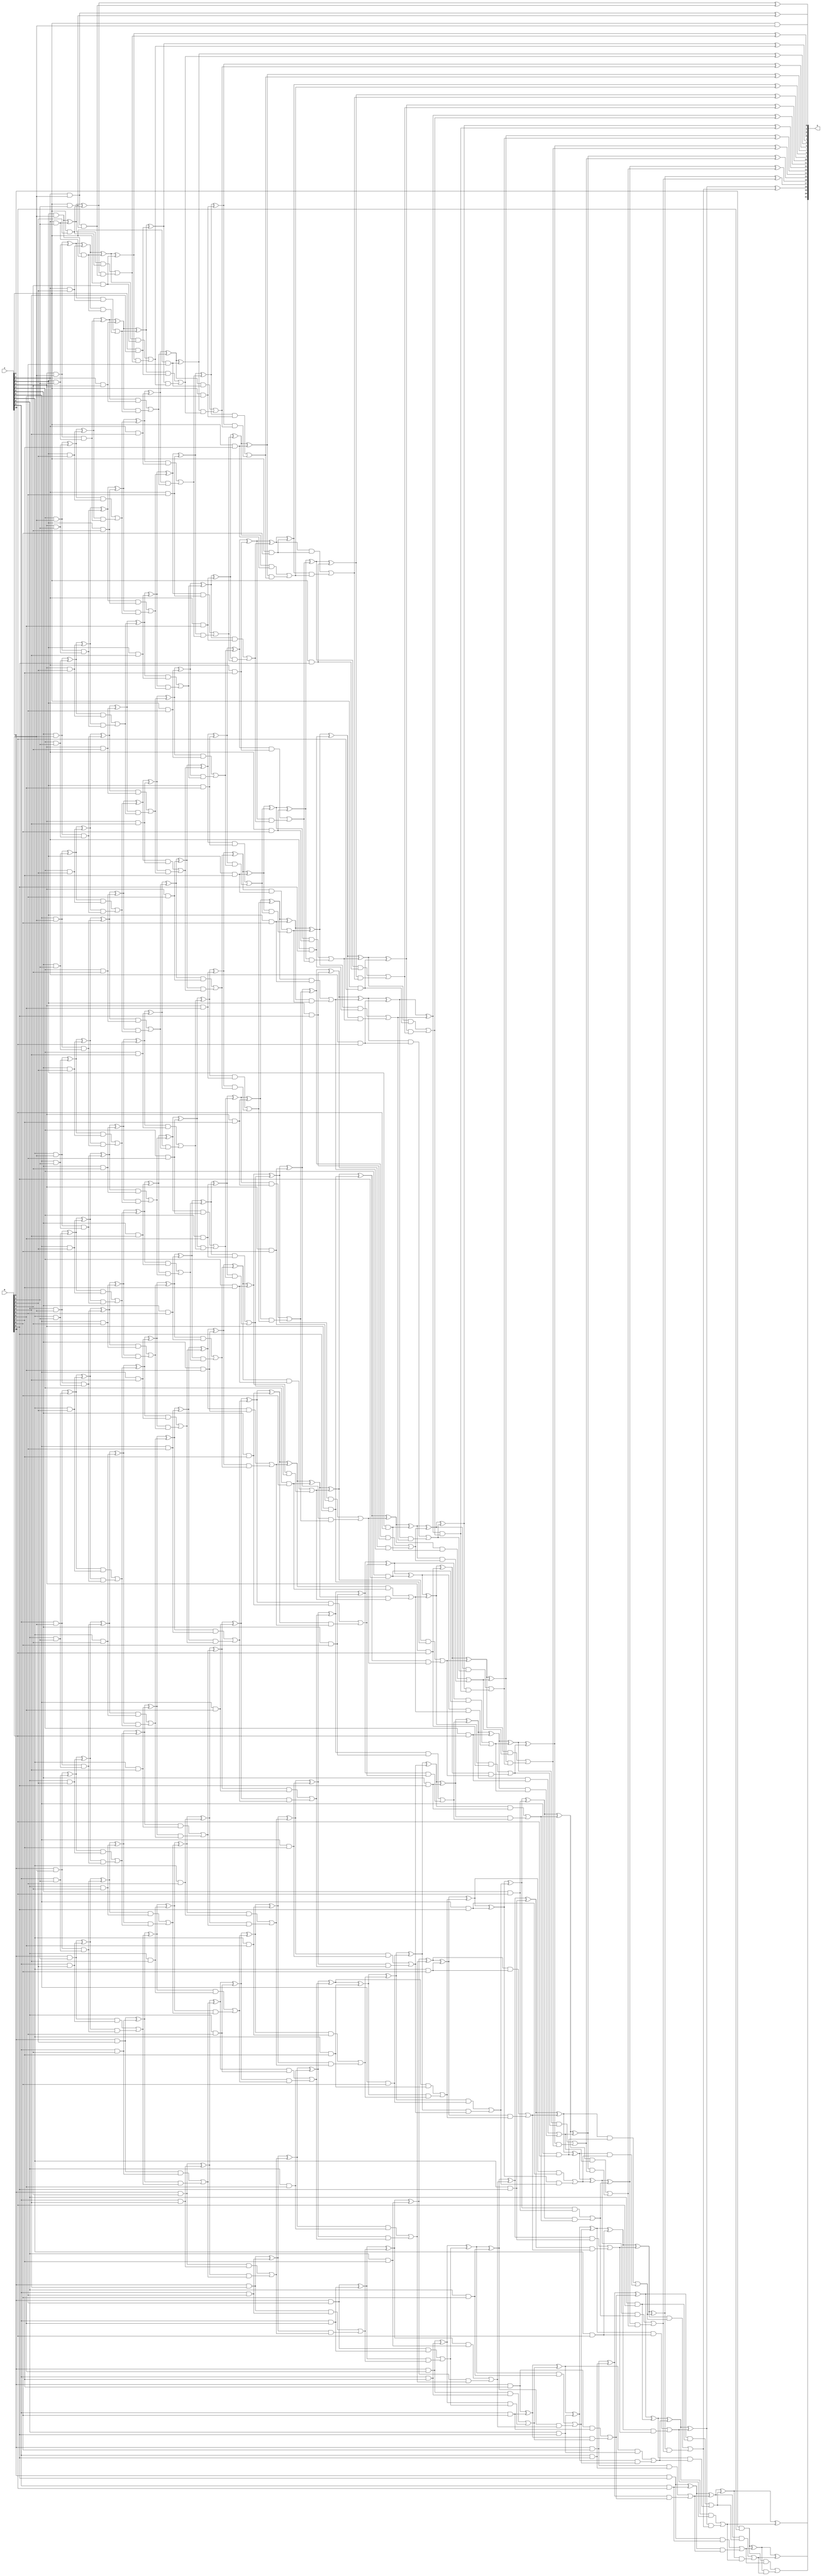
// This program was cloned from: https://github.com/ehw-fit/evoapproxlib
// License: MIT License

/***
* This code is a part of EvoApproxLib library (ehw.fit.vutbr.cz/approxlib) distributed under The MIT License.
* When used, please cite the following article(s): V. Mrazek, S. S. Sarwar, L. Sekanina, Z. Vasicek and K. Roy, "Design of power-efficient approximate multipliers for approximate artificial neural networks," 2016 IEEE/ACM International Conference on Computer-Aided Design (ICCAD), Austin, TX, 2016, pp. 1-7. doi: 10.1145/2966986.2967021 
* This file contains a circuit from a sub-set of pareto optimal circuits with respect to the pwr and mre parameters
***/
// MAE% = 0.00 %
// MAE = 0 
// WCE% = 0.00 %
// WCE = 0 
// WCRE% = 0.00 %
// EP% = 0.00 %
// MRE% = 0.00 %
// MSE = 0 
// PDK45_PWR = 0.930 mW
// PDK45_AREA = 1340.8 um2
// PDK45_DELAY = 2.08 ns


module mul11u_001(A, B, O);
  input [10:0] A, B;
  output [21:0] O;
  wire [10:0] A, B;
  wire [21:0] O;
  wire sig_23, sig_24, sig_25, sig_26, sig_27, sig_28;
  wire sig_29, sig_30, sig_31, sig_32, sig_33, sig_34;
  wire sig_35, sig_36, sig_37, sig_38, sig_39, sig_40;
  wire sig_41, sig_42, sig_43, sig_45, sig_46, sig_47;
  wire sig_48, sig_49, sig_50, sig_51, sig_52, sig_53;
  wire sig_54, sig_55, sig_56, sig_57, sig_58, sig_59;
  wire sig_60, sig_61, sig_62, sig_63, sig_64, sig_65;
  wire sig_66, sig_67, sig_68, sig_69, sig_70, sig_71;
  wire sig_72, sig_73, sig_74, sig_75, sig_76, sig_77;
  wire sig_79, sig_80, sig_81, sig_82, sig_83, sig_84;
  wire sig_85, sig_86, sig_87, sig_88, sig_89, sig_90;
  wire sig_91, sig_92, sig_93, sig_94, sig_95, sig_96;
  wire sig_97, sig_98, sig_99, sig_100, sig_101, sig_102;
  wire sig_103, sig_104, sig_105, sig_106, sig_107, sig_108;
  wire sig_109, sig_110, sig_111, sig_112, sig_113, sig_114;
  wire sig_115, sig_116, sig_117, sig_118, sig_119, sig_120;
  wire sig_121, sig_122, sig_123, sig_124, sig_125, sig_126;
  wire sig_127, sig_128, sig_129, sig_130, sig_131, sig_132;
  wire sig_133, sig_134, sig_135, sig_136, sig_137, sig_138;
  wire sig_140, sig_141, sig_142, sig_143, sig_144, sig_145;
  wire sig_146, sig_147, sig_148, sig_149, sig_150, sig_151;
  wire sig_152, sig_153, sig_154, sig_155, sig_156, sig_157;
  wire sig_158, sig_159, sig_160, sig_161, sig_162, sig_163;
  wire sig_164, sig_165, sig_166, sig_167, sig_168, sig_169;
  wire sig_170, sig_171, sig_172, sig_173, sig_174, sig_175;
  wire sig_176, sig_177, sig_178, sig_179, sig_180, sig_181;
  wire sig_182, sig_183, sig_184, sig_185, sig_186, sig_187;
  wire sig_188, sig_189, sig_190, sig_191, sig_192, sig_193;
  wire sig_194, sig_195, sig_196, sig_197, sig_198, sig_199;
  wire sig_201, sig_202, sig_203, sig_204, sig_205, sig_206;
  wire sig_207, sig_208, sig_209, sig_210, sig_211, sig_212;
  wire sig_213, sig_214, sig_215, sig_216, sig_217, sig_218;
  wire sig_219, sig_220, sig_221, sig_222, sig_223, sig_224;
  wire sig_225, sig_226, sig_227, sig_228, sig_229, sig_230;
  wire sig_231, sig_232, sig_233, sig_234, sig_235, sig_236;
  wire sig_237, sig_238, sig_239, sig_240, sig_241, sig_242;
  wire sig_243, sig_244, sig_245, sig_246, sig_247, sig_248;
  wire sig_249, sig_250, sig_251, sig_252, sig_253, sig_254;
  wire sig_255, sig_256, sig_257, sig_258, sig_259, sig_260;
  wire sig_262, sig_263, sig_264, sig_265, sig_266, sig_267;
  wire sig_268, sig_269, sig_270, sig_271, sig_272, sig_273;
  wire sig_274, sig_275, sig_276, sig_277, sig_278, sig_279;
  wire sig_280, sig_281, sig_282, sig_283, sig_284, sig_285;
  wire sig_286, sig_287, sig_288, sig_289, sig_290, sig_291;
  wire sig_292, sig_293, sig_294, sig_295, sig_296, sig_297;
  wire sig_298, sig_299, sig_300, sig_301, sig_302, sig_303;
  wire sig_304, sig_305, sig_306, sig_307, sig_308, sig_309;
  wire sig_310, sig_311, sig_312, sig_313, sig_314, sig_315;
  wire sig_316, sig_317, sig_318, sig_319, sig_320, sig_321;
  wire sig_323, sig_324, sig_325, sig_326, sig_327, sig_328;
  wire sig_329, sig_330, sig_331, sig_332, sig_333, sig_334;
  wire sig_335, sig_336, sig_337, sig_338, sig_339, sig_340;
  wire sig_341, sig_342, sig_343, sig_344, sig_345, sig_346;
  wire sig_347, sig_348, sig_349, sig_350, sig_351, sig_352;
  wire sig_353, sig_354, sig_355, sig_356, sig_357, sig_358;
  wire sig_359, sig_360, sig_361, sig_362, sig_363, sig_364;
  wire sig_365, sig_366, sig_367, sig_368, sig_369, sig_370;
  wire sig_371, sig_372, sig_373, sig_374, sig_375, sig_376;
  wire sig_377, sig_378, sig_379, sig_380, sig_381, sig_382;
  wire sig_384, sig_385, sig_386, sig_387, sig_388, sig_389;
  wire sig_390, sig_391, sig_392, sig_393, sig_394, sig_395;
  wire sig_396, sig_397, sig_398, sig_399, sig_400, sig_401;
  wire sig_402, sig_403, sig_404, sig_405, sig_406, sig_407;
  wire sig_408, sig_409, sig_410, sig_411, sig_412, sig_413;
  wire sig_414, sig_415, sig_416, sig_417, sig_418, sig_419;
  wire sig_420, sig_421, sig_422, sig_423, sig_424, sig_425;
  wire sig_426, sig_427, sig_428, sig_429, sig_430, sig_431;
  wire sig_432, sig_433, sig_434, sig_435, sig_436, sig_437;
  wire sig_438, sig_439, sig_440, sig_441, sig_442, sig_443;
  wire sig_445, sig_446, sig_447, sig_448, sig_449, sig_450;
  wire sig_451, sig_452, sig_453, sig_454, sig_455, sig_456;
  wire sig_457, sig_458, sig_459, sig_460, sig_461, sig_462;
  wire sig_463, sig_464, sig_465, sig_466, sig_467, sig_468;
  wire sig_469, sig_470, sig_471, sig_472, sig_473, sig_474;
  wire sig_475, sig_476, sig_477, sig_478, sig_479, sig_480;
  wire sig_481, sig_482, sig_483, sig_484, sig_485, sig_486;
  wire sig_487, sig_488, sig_489, sig_490, sig_491, sig_492;
  wire sig_493, sig_494, sig_495, sig_496, sig_497, sig_498;
  wire sig_499, sig_500, sig_501, sig_502, sig_503, sig_504;
  wire sig_506, sig_507, sig_508, sig_509, sig_510, sig_511;
  wire sig_512, sig_513, sig_514, sig_515, sig_516, sig_517;
  wire sig_518, sig_519, sig_520, sig_521, sig_522, sig_523;
  wire sig_524, sig_525, sig_526, sig_527, sig_528, sig_529;
  wire sig_530, sig_531, sig_532, sig_533, sig_534, sig_535;
  wire sig_536, sig_537, sig_538, sig_539, sig_540, sig_541;
  wire sig_542, sig_543, sig_544, sig_545, sig_546, sig_547;
  wire sig_548, sig_549, sig_550, sig_551, sig_552, sig_553;
  wire sig_554, sig_555, sig_556, sig_557, sig_558, sig_559;
  wire sig_560, sig_561, sig_562, sig_563, sig_564, sig_565;
  wire sig_567, sig_568, sig_569, sig_570, sig_571, sig_572;
  wire sig_573, sig_574, sig_575, sig_576, sig_577, sig_578;
  wire sig_579, sig_580, sig_581, sig_582, sig_583, sig_584;
  wire sig_585, sig_586, sig_587, sig_588, sig_589, sig_590;
  wire sig_591, sig_592, sig_593, sig_594, sig_595, sig_596;
  wire sig_597, sig_598, sig_599, sig_600, sig_601, sig_602;
  wire sig_603, sig_604, sig_605, sig_606, sig_607, sig_608;
  wire sig_609, sig_610, sig_611, sig_612, sig_614, sig_615;
  wire sig_616, sig_617, sig_619, sig_620, sig_621, sig_622;
  wire sig_624, sig_625, sig_626, sig_627, sig_629, sig_630;
  wire sig_631, sig_632, sig_634, sig_635, sig_636, sig_637;
  wire sig_639, sig_640, sig_641, sig_642, sig_644, sig_645;
  wire sig_646, sig_647, sig_649, sig_650, sig_651, sig_652;
  wire sig_654, sig_655, sig_656, sig_657;
  assign O[0] = A[0] & B[0];
  assign sig_23 = A[1] & B[0];
  assign sig_24 = A[2] & B[0];
  assign sig_25 = A[3] & B[0];
  assign sig_26 = A[4] & B[0];
  assign sig_27 = A[5] & B[0];
  assign sig_28 = A[6] & B[0];
  assign sig_29 = A[7] & B[0];
  assign sig_30 = A[8] & B[0];
  assign sig_31 = A[9] & B[0];
  assign sig_32 = A[10] & B[0];
  assign sig_33 = A[0] & B[1];
  assign sig_34 = A[1] & B[1];
  assign sig_35 = A[2] & B[1];
  assign sig_36 = A[3] & B[1];
  assign sig_37 = A[4] & B[1];
  assign sig_38 = A[5] & B[1];
  assign sig_39 = A[6] & B[1];
  assign sig_40 = A[7] & B[1];
  assign sig_41 = A[8] & B[1];
  assign sig_42 = A[9] & B[1];
  assign sig_43 = A[10] & B[1];
  assign O[1] = sig_23 ^ sig_33;
  assign sig_45 = sig_23 & sig_33;
  assign sig_46 = sig_24 ^ sig_34;
  assign sig_47 = sig_24 & sig_34;
  assign sig_48 = sig_25 ^ sig_35;
  assign sig_49 = sig_25 & sig_35;
  assign sig_50 = sig_26 ^ sig_36;
  assign sig_51 = sig_26 & sig_36;
  assign sig_52 = sig_27 ^ sig_37;
  assign sig_53 = sig_27 & sig_37;
  assign sig_54 = sig_28 ^ sig_38;
  assign sig_55 = sig_28 & sig_38;
  assign sig_56 = sig_29 ^ sig_39;
  assign sig_57 = sig_29 & sig_39;
  assign sig_58 = sig_30 ^ sig_40;
  assign sig_59 = sig_30 & sig_40;
  assign sig_60 = sig_31 ^ sig_41;
  assign sig_61 = sig_31 & sig_41;
  assign sig_62 = sig_32 ^ sig_42;
  assign sig_63 = sig_32 & sig_42;
  assign sig_64 = A[0] & B[2];
  assign sig_65 = A[1] & B[2];
  assign sig_66 = A[2] & B[2];
  assign sig_67 = A[3] & B[2];
  assign sig_68 = A[4] & B[2];
  assign sig_69 = A[5] & B[2];
  assign sig_70 = A[6] & B[2];
  assign sig_71 = A[7] & B[2];
  assign sig_72 = A[8] & B[2];
  assign sig_73 = A[9] & B[2];
  assign sig_74 = A[10] & B[2];
  assign sig_75 = sig_46 ^ sig_64;
  assign sig_76 = sig_46 & sig_64;
  assign sig_77 = sig_75 & sig_45;
  assign O[2] = sig_75 ^ sig_45;
  assign sig_79 = sig_76 | sig_77;
  assign sig_80 = sig_48 ^ sig_65;
  assign sig_81 = sig_48 & sig_65;
  assign sig_82 = sig_80 & sig_47;
  assign sig_83 = sig_80 ^ sig_47;
  assign sig_84 = sig_81 | sig_82;
  assign sig_85 = sig_50 ^ sig_66;
  assign sig_86 = sig_50 & sig_66;
  assign sig_87 = sig_85 & sig_49;
  assign sig_88 = sig_85 ^ sig_49;
  assign sig_89 = sig_86 | sig_87;
  assign sig_90 = sig_52 ^ sig_67;
  assign sig_91 = sig_52 & sig_67;
  assign sig_92 = sig_90 & sig_51;
  assign sig_93 = sig_90 ^ sig_51;
  assign sig_94 = sig_91 | sig_92;
  assign sig_95 = sig_54 ^ sig_68;
  assign sig_96 = sig_54 & sig_68;
  assign sig_97 = sig_95 & sig_53;
  assign sig_98 = sig_95 ^ sig_53;
  assign sig_99 = sig_96 | sig_97;
  assign sig_100 = sig_56 ^ sig_69;
  assign sig_101 = sig_56 & sig_69;
  assign sig_102 = sig_100 & sig_55;
  assign sig_103 = sig_100 ^ sig_55;
  assign sig_104 = sig_101 | sig_102;
  assign sig_105 = sig_58 ^ sig_70;
  assign sig_106 = sig_58 & sig_70;
  assign sig_107 = sig_105 & sig_57;
  assign sig_108 = sig_105 ^ sig_57;
  assign sig_109 = sig_106 | sig_107;
  assign sig_110 = sig_60 ^ sig_71;
  assign sig_111 = sig_60 & sig_71;
  assign sig_112 = sig_110 & sig_59;
  assign sig_113 = sig_110 ^ sig_59;
  assign sig_114 = sig_111 | sig_112;
  assign sig_115 = sig_62 ^ sig_72;
  assign sig_116 = sig_62 & sig_72;
  assign sig_117 = sig_115 & sig_61;
  assign sig_118 = sig_115 ^ sig_61;
  assign sig_119 = sig_116 | sig_117;
  assign sig_120 = sig_43 ^ sig_73;
  assign sig_121 = sig_43 & sig_73;
  assign sig_122 = sig_120 & sig_63;
  assign sig_123 = sig_120 ^ sig_63;
  assign sig_124 = sig_121 | sig_122;
  assign sig_125 = A[0] & B[3];
  assign sig_126 = A[1] & B[3];
  assign sig_127 = A[2] & B[3];
  assign sig_128 = A[3] & B[3];
  assign sig_129 = A[4] & B[3];
  assign sig_130 = A[5] & B[3];
  assign sig_131 = A[6] & B[3];
  assign sig_132 = A[7] & B[3];
  assign sig_133 = A[8] & B[3];
  assign sig_134 = A[9] & B[3];
  assign sig_135 = A[10] & B[3];
  assign sig_136 = sig_83 ^ sig_125;
  assign sig_137 = sig_83 & sig_125;
  assign sig_138 = sig_136 & sig_79;
  assign O[3] = sig_136 ^ sig_79;
  assign sig_140 = sig_137 | sig_138;
  assign sig_141 = sig_88 ^ sig_126;
  assign sig_142 = sig_88 & sig_126;
  assign sig_143 = sig_141 & sig_84;
  assign sig_144 = sig_141 ^ sig_84;
  assign sig_145 = sig_142 | sig_143;
  assign sig_146 = sig_93 ^ sig_127;
  assign sig_147 = sig_93 & sig_127;
  assign sig_148 = sig_146 & sig_89;
  assign sig_149 = sig_146 ^ sig_89;
  assign sig_150 = sig_147 | sig_148;
  assign sig_151 = sig_98 ^ sig_128;
  assign sig_152 = sig_98 & sig_128;
  assign sig_153 = sig_151 & sig_94;
  assign sig_154 = sig_151 ^ sig_94;
  assign sig_155 = sig_152 | sig_153;
  assign sig_156 = sig_103 ^ sig_129;
  assign sig_157 = sig_103 & sig_129;
  assign sig_158 = sig_156 & sig_99;
  assign sig_159 = sig_156 ^ sig_99;
  assign sig_160 = sig_157 | sig_158;
  assign sig_161 = sig_108 ^ sig_130;
  assign sig_162 = sig_108 & sig_130;
  assign sig_163 = sig_161 & sig_104;
  assign sig_164 = sig_161 ^ sig_104;
  assign sig_165 = sig_162 | sig_163;
  assign sig_166 = sig_113 ^ sig_131;
  assign sig_167 = sig_113 & sig_131;
  assign sig_168 = sig_166 & sig_109;
  assign sig_169 = sig_166 ^ sig_109;
  assign sig_170 = sig_167 | sig_168;
  assign sig_171 = sig_118 ^ sig_132;
  assign sig_172 = sig_118 & sig_132;
  assign sig_173 = sig_171 & sig_114;
  assign sig_174 = sig_171 ^ sig_114;
  assign sig_175 = sig_172 | sig_173;
  assign sig_176 = sig_123 ^ sig_133;
  assign sig_177 = sig_123 & sig_133;
  assign sig_178 = sig_176 & sig_119;
  assign sig_179 = sig_176 ^ sig_119;
  assign sig_180 = sig_177 | sig_178;
  assign sig_181 = sig_74 ^ sig_134;
  assign sig_182 = sig_74 & sig_134;
  assign sig_183 = sig_181 & sig_124;
  assign sig_184 = sig_181 ^ sig_124;
  assign sig_185 = sig_182 | sig_183;
  assign sig_186 = A[0] & B[4];
  assign sig_187 = A[1] & B[4];
  assign sig_188 = A[2] & B[4];
  assign sig_189 = A[3] & B[4];
  assign sig_190 = A[4] & B[4];
  assign sig_191 = A[5] & B[4];
  assign sig_192 = A[6] & B[4];
  assign sig_193 = A[7] & B[4];
  assign sig_194 = A[8] & B[4];
  assign sig_195 = A[9] & B[4];
  assign sig_196 = A[10] & B[4];
  assign sig_197 = sig_144 ^ sig_186;
  assign sig_198 = sig_144 & sig_186;
  assign sig_199 = sig_197 & sig_140;
  assign O[4] = sig_197 ^ sig_140;
  assign sig_201 = sig_198 | sig_199;
  assign sig_202 = sig_149 ^ sig_187;
  assign sig_203 = sig_149 & sig_187;
  assign sig_204 = sig_202 & sig_145;
  assign sig_205 = sig_202 ^ sig_145;
  assign sig_206 = sig_203 | sig_204;
  assign sig_207 = sig_154 ^ sig_188;
  assign sig_208 = sig_154 & sig_188;
  assign sig_209 = sig_207 & sig_150;
  assign sig_210 = sig_207 ^ sig_150;
  assign sig_211 = sig_208 | sig_209;
  assign sig_212 = sig_159 ^ sig_189;
  assign sig_213 = sig_159 & sig_189;
  assign sig_214 = sig_212 & sig_155;
  assign sig_215 = sig_212 ^ sig_155;
  assign sig_216 = sig_213 | sig_214;
  assign sig_217 = sig_164 ^ sig_190;
  assign sig_218 = sig_164 & sig_190;
  assign sig_219 = sig_217 & sig_160;
  assign sig_220 = sig_217 ^ sig_160;
  assign sig_221 = sig_218 | sig_219;
  assign sig_222 = sig_169 ^ sig_191;
  assign sig_223 = sig_169 & sig_191;
  assign sig_224 = sig_222 & sig_165;
  assign sig_225 = sig_222 ^ sig_165;
  assign sig_226 = sig_223 | sig_224;
  assign sig_227 = sig_174 ^ sig_192;
  assign sig_228 = sig_174 & sig_192;
  assign sig_229 = sig_227 & sig_170;
  assign sig_230 = sig_227 ^ sig_170;
  assign sig_231 = sig_228 | sig_229;
  assign sig_232 = sig_179 ^ sig_193;
  assign sig_233 = sig_179 & sig_193;
  assign sig_234 = sig_232 & sig_175;
  assign sig_235 = sig_232 ^ sig_175;
  assign sig_236 = sig_233 | sig_234;
  assign sig_237 = sig_184 ^ sig_194;
  assign sig_238 = sig_184 & sig_194;
  assign sig_239 = sig_237 & sig_180;
  assign sig_240 = sig_237 ^ sig_180;
  assign sig_241 = sig_238 | sig_239;
  assign sig_242 = sig_135 ^ sig_195;
  assign sig_243 = sig_135 & sig_195;
  assign sig_244 = sig_242 & sig_185;
  assign sig_245 = sig_242 ^ sig_185;
  assign sig_246 = sig_243 | sig_244;
  assign sig_247 = A[0] & B[5];
  assign sig_248 = A[1] & B[5];
  assign sig_249 = A[2] & B[5];
  assign sig_250 = A[3] & B[5];
  assign sig_251 = A[4] & B[5];
  assign sig_252 = A[5] & B[5];
  assign sig_253 = A[6] & B[5];
  assign sig_254 = A[7] & B[5];
  assign sig_255 = A[8] & B[5];
  assign sig_256 = A[9] & B[5];
  assign sig_257 = A[10] & B[5];
  assign sig_258 = sig_205 ^ sig_247;
  assign sig_259 = sig_205 & sig_247;
  assign sig_260 = sig_258 & sig_201;
  assign O[5] = sig_258 ^ sig_201;
  assign sig_262 = sig_259 | sig_260;
  assign sig_263 = sig_210 ^ sig_248;
  assign sig_264 = sig_210 & sig_248;
  assign sig_265 = sig_263 & sig_206;
  assign sig_266 = sig_263 ^ sig_206;
  assign sig_267 = sig_264 | sig_265;
  assign sig_268 = sig_215 ^ sig_249;
  assign sig_269 = sig_215 & sig_249;
  assign sig_270 = sig_268 & sig_211;
  assign sig_271 = sig_268 ^ sig_211;
  assign sig_272 = sig_269 | sig_270;
  assign sig_273 = sig_220 ^ sig_250;
  assign sig_274 = sig_220 & sig_250;
  assign sig_275 = sig_273 & sig_216;
  assign sig_276 = sig_273 ^ sig_216;
  assign sig_277 = sig_274 | sig_275;
  assign sig_278 = sig_225 ^ sig_251;
  assign sig_279 = sig_225 & sig_251;
  assign sig_280 = sig_278 & sig_221;
  assign sig_281 = sig_278 ^ sig_221;
  assign sig_282 = sig_279 | sig_280;
  assign sig_283 = sig_230 ^ sig_252;
  assign sig_284 = sig_230 & sig_252;
  assign sig_285 = sig_283 & sig_226;
  assign sig_286 = sig_283 ^ sig_226;
  assign sig_287 = sig_284 | sig_285;
  assign sig_288 = sig_235 ^ sig_253;
  assign sig_289 = sig_235 & sig_253;
  assign sig_290 = sig_288 & sig_231;
  assign sig_291 = sig_288 ^ sig_231;
  assign sig_292 = sig_289 | sig_290;
  assign sig_293 = sig_240 ^ sig_254;
  assign sig_294 = sig_240 & sig_254;
  assign sig_295 = sig_293 & sig_236;
  assign sig_296 = sig_293 ^ sig_236;
  assign sig_297 = sig_294 | sig_295;
  assign sig_298 = sig_245 ^ sig_255;
  assign sig_299 = sig_245 & sig_255;
  assign sig_300 = sig_298 & sig_241;
  assign sig_301 = sig_298 ^ sig_241;
  assign sig_302 = sig_299 | sig_300;
  assign sig_303 = sig_196 ^ sig_256;
  assign sig_304 = sig_196 & sig_256;
  assign sig_305 = sig_303 & sig_246;
  assign sig_306 = sig_303 ^ sig_246;
  assign sig_307 = sig_304 | sig_305;
  assign sig_308 = A[0] & B[6];
  assign sig_309 = A[1] & B[6];
  assign sig_310 = A[2] & B[6];
  assign sig_311 = A[3] & B[6];
  assign sig_312 = A[4] & B[6];
  assign sig_313 = A[5] & B[6];
  assign sig_314 = A[6] & B[6];
  assign sig_315 = A[7] & B[6];
  assign sig_316 = A[8] & B[6];
  assign sig_317 = A[9] & B[6];
  assign sig_318 = A[10] & B[6];
  assign sig_319 = sig_266 ^ sig_308;
  assign sig_320 = sig_266 & sig_308;
  assign sig_321 = sig_319 & sig_262;
  assign O[6] = sig_319 ^ sig_262;
  assign sig_323 = sig_320 | sig_321;
  assign sig_324 = sig_271 ^ sig_309;
  assign sig_325 = sig_271 & sig_309;
  assign sig_326 = sig_324 & sig_267;
  assign sig_327 = sig_324 ^ sig_267;
  assign sig_328 = sig_325 | sig_326;
  assign sig_329 = sig_276 ^ sig_310;
  assign sig_330 = sig_276 & sig_310;
  assign sig_331 = sig_329 & sig_272;
  assign sig_332 = sig_329 ^ sig_272;
  assign sig_333 = sig_330 | sig_331;
  assign sig_334 = sig_281 ^ sig_311;
  assign sig_335 = sig_281 & sig_311;
  assign sig_336 = sig_334 & sig_277;
  assign sig_337 = sig_334 ^ sig_277;
  assign sig_338 = sig_335 | sig_336;
  assign sig_339 = sig_286 ^ sig_312;
  assign sig_340 = sig_286 & sig_312;
  assign sig_341 = sig_339 & sig_282;
  assign sig_342 = sig_339 ^ sig_282;
  assign sig_343 = sig_340 | sig_341;
  assign sig_344 = sig_291 ^ sig_313;
  assign sig_345 = sig_291 & sig_313;
  assign sig_346 = sig_344 & sig_287;
  assign sig_347 = sig_344 ^ sig_287;
  assign sig_348 = sig_345 | sig_346;
  assign sig_349 = sig_296 ^ sig_314;
  assign sig_350 = sig_296 & sig_314;
  assign sig_351 = sig_349 & sig_292;
  assign sig_352 = sig_349 ^ sig_292;
  assign sig_353 = sig_350 | sig_351;
  assign sig_354 = sig_301 ^ sig_315;
  assign sig_355 = sig_301 & sig_315;
  assign sig_356 = sig_354 & sig_297;
  assign sig_357 = sig_354 ^ sig_297;
  assign sig_358 = sig_355 | sig_356;
  assign sig_359 = sig_306 ^ sig_316;
  assign sig_360 = sig_306 & sig_316;
  assign sig_361 = sig_359 & sig_302;
  assign sig_362 = sig_359 ^ sig_302;
  assign sig_363 = sig_360 | sig_361;
  assign sig_364 = sig_257 ^ sig_317;
  assign sig_365 = sig_257 & sig_317;
  assign sig_366 = sig_364 & sig_307;
  assign sig_367 = sig_364 ^ sig_307;
  assign sig_368 = sig_365 | sig_366;
  assign sig_369 = A[0] & B[7];
  assign sig_370 = A[1] & B[7];
  assign sig_371 = A[2] & B[7];
  assign sig_372 = A[3] & B[7];
  assign sig_373 = A[4] & B[7];
  assign sig_374 = A[5] & B[7];
  assign sig_375 = A[6] & B[7];
  assign sig_376 = A[7] & B[7];
  assign sig_377 = A[8] & B[7];
  assign sig_378 = A[9] & B[7];
  assign sig_379 = A[10] & B[7];
  assign sig_380 = sig_327 ^ sig_369;
  assign sig_381 = sig_327 & sig_369;
  assign sig_382 = sig_380 & sig_323;
  assign O[7] = sig_380 ^ sig_323;
  assign sig_384 = sig_381 | sig_382;
  assign sig_385 = sig_332 ^ sig_370;
  assign sig_386 = sig_332 & sig_370;
  assign sig_387 = sig_385 & sig_328;
  assign sig_388 = sig_385 ^ sig_328;
  assign sig_389 = sig_386 | sig_387;
  assign sig_390 = sig_337 ^ sig_371;
  assign sig_391 = sig_337 & sig_371;
  assign sig_392 = sig_390 & sig_333;
  assign sig_393 = sig_390 ^ sig_333;
  assign sig_394 = sig_391 | sig_392;
  assign sig_395 = sig_342 ^ sig_372;
  assign sig_396 = sig_342 & sig_372;
  assign sig_397 = sig_395 & sig_338;
  assign sig_398 = sig_395 ^ sig_338;
  assign sig_399 = sig_396 | sig_397;
  assign sig_400 = sig_347 ^ sig_373;
  assign sig_401 = sig_347 & sig_373;
  assign sig_402 = sig_400 & sig_343;
  assign sig_403 = sig_400 ^ sig_343;
  assign sig_404 = sig_401 | sig_402;
  assign sig_405 = sig_352 ^ sig_374;
  assign sig_406 = sig_352 & sig_374;
  assign sig_407 = sig_405 & sig_348;
  assign sig_408 = sig_405 ^ sig_348;
  assign sig_409 = sig_406 | sig_407;
  assign sig_410 = sig_357 ^ sig_375;
  assign sig_411 = sig_357 & sig_375;
  assign sig_412 = sig_410 & sig_353;
  assign sig_413 = sig_410 ^ sig_353;
  assign sig_414 = sig_411 | sig_412;
  assign sig_415 = sig_362 ^ sig_376;
  assign sig_416 = sig_362 & sig_376;
  assign sig_417 = sig_415 & sig_358;
  assign sig_418 = sig_415 ^ sig_358;
  assign sig_419 = sig_416 | sig_417;
  assign sig_420 = sig_367 ^ sig_377;
  assign sig_421 = sig_367 & sig_377;
  assign sig_422 = sig_420 & sig_363;
  assign sig_423 = sig_420 ^ sig_363;
  assign sig_424 = sig_421 | sig_422;
  assign sig_425 = sig_318 ^ sig_378;
  assign sig_426 = sig_318 & sig_378;
  assign sig_427 = sig_425 & sig_368;
  assign sig_428 = sig_425 ^ sig_368;
  assign sig_429 = sig_426 | sig_427;
  assign sig_430 = A[0] & B[8];
  assign sig_431 = A[1] & B[8];
  assign sig_432 = A[2] & B[8];
  assign sig_433 = A[3] & B[8];
  assign sig_434 = A[4] & B[8];
  assign sig_435 = A[5] & B[8];
  assign sig_436 = A[6] & B[8];
  assign sig_437 = A[7] & B[8];
  assign sig_438 = A[8] & B[8];
  assign sig_439 = A[9] & B[8];
  assign sig_440 = A[10] & B[8];
  assign sig_441 = sig_388 ^ sig_430;
  assign sig_442 = sig_388 & sig_430;
  assign sig_443 = sig_441 & sig_384;
  assign O[8] = sig_441 ^ sig_384;
  assign sig_445 = sig_442 | sig_443;
  assign sig_446 = sig_393 ^ sig_431;
  assign sig_447 = sig_393 & sig_431;
  assign sig_448 = sig_446 & sig_389;
  assign sig_449 = sig_446 ^ sig_389;
  assign sig_450 = sig_447 | sig_448;
  assign sig_451 = sig_398 ^ sig_432;
  assign sig_452 = sig_398 & sig_432;
  assign sig_453 = sig_451 & sig_394;
  assign sig_454 = sig_451 ^ sig_394;
  assign sig_455 = sig_452 | sig_453;
  assign sig_456 = sig_403 ^ sig_433;
  assign sig_457 = sig_403 & sig_433;
  assign sig_458 = sig_456 & sig_399;
  assign sig_459 = sig_456 ^ sig_399;
  assign sig_460 = sig_457 | sig_458;
  assign sig_461 = sig_408 ^ sig_434;
  assign sig_462 = sig_408 & sig_434;
  assign sig_463 = sig_461 & sig_404;
  assign sig_464 = sig_461 ^ sig_404;
  assign sig_465 = sig_462 | sig_463;
  assign sig_466 = sig_413 ^ sig_435;
  assign sig_467 = sig_413 & sig_435;
  assign sig_468 = sig_466 & sig_409;
  assign sig_469 = sig_466 ^ sig_409;
  assign sig_470 = sig_467 | sig_468;
  assign sig_471 = sig_418 ^ sig_436;
  assign sig_472 = sig_418 & sig_436;
  assign sig_473 = sig_471 & sig_414;
  assign sig_474 = sig_471 ^ sig_414;
  assign sig_475 = sig_472 | sig_473;
  assign sig_476 = sig_423 ^ sig_437;
  assign sig_477 = sig_423 & sig_437;
  assign sig_478 = sig_476 & sig_419;
  assign sig_479 = sig_476 ^ sig_419;
  assign sig_480 = sig_477 | sig_478;
  assign sig_481 = sig_428 ^ sig_438;
  assign sig_482 = sig_428 & sig_438;
  assign sig_483 = sig_481 & sig_424;
  assign sig_484 = sig_481 ^ sig_424;
  assign sig_485 = sig_482 | sig_483;
  assign sig_486 = sig_379 ^ sig_439;
  assign sig_487 = sig_379 & sig_439;
  assign sig_488 = sig_486 & sig_429;
  assign sig_489 = sig_486 ^ sig_429;
  assign sig_490 = sig_487 | sig_488;
  assign sig_491 = A[0] & B[9];
  assign sig_492 = A[1] & B[9];
  assign sig_493 = A[2] & B[9];
  assign sig_494 = A[3] & B[9];
  assign sig_495 = A[4] & B[9];
  assign sig_496 = A[5] & B[9];
  assign sig_497 = A[6] & B[9];
  assign sig_498 = A[7] & B[9];
  assign sig_499 = A[8] & B[9];
  assign sig_500 = A[9] & B[9];
  assign sig_501 = A[10] & B[9];
  assign sig_502 = sig_449 ^ sig_491;
  assign sig_503 = sig_449 & sig_491;
  assign sig_504 = sig_502 & sig_445;
  assign O[9] = sig_502 ^ sig_445;
  assign sig_506 = sig_503 | sig_504;
  assign sig_507 = sig_454 ^ sig_492;
  assign sig_508 = sig_454 & sig_492;
  assign sig_509 = sig_507 & sig_450;
  assign sig_510 = sig_507 ^ sig_450;
  assign sig_511 = sig_508 | sig_509;
  assign sig_512 = sig_459 ^ sig_493;
  assign sig_513 = sig_459 & sig_493;
  assign sig_514 = sig_512 & sig_455;
  assign sig_515 = sig_512 ^ sig_455;
  assign sig_516 = sig_513 | sig_514;
  assign sig_517 = sig_464 ^ sig_494;
  assign sig_518 = sig_464 & sig_494;
  assign sig_519 = sig_517 & sig_460;
  assign sig_520 = sig_517 ^ sig_460;
  assign sig_521 = sig_518 | sig_519;
  assign sig_522 = sig_469 ^ sig_495;
  assign sig_523 = sig_469 & sig_495;
  assign sig_524 = sig_522 & sig_465;
  assign sig_525 = sig_522 ^ sig_465;
  assign sig_526 = sig_523 | sig_524;
  assign sig_527 = sig_474 ^ sig_496;
  assign sig_528 = sig_474 & sig_496;
  assign sig_529 = sig_527 & sig_470;
  assign sig_530 = sig_527 ^ sig_470;
  assign sig_531 = sig_528 | sig_529;
  assign sig_532 = sig_479 ^ sig_497;
  assign sig_533 = sig_479 & sig_497;
  assign sig_534 = sig_532 & sig_475;
  assign sig_535 = sig_532 ^ sig_475;
  assign sig_536 = sig_533 | sig_534;
  assign sig_537 = sig_484 ^ sig_498;
  assign sig_538 = sig_484 & sig_498;
  assign sig_539 = sig_537 & sig_480;
  assign sig_540 = sig_537 ^ sig_480;
  assign sig_541 = sig_538 | sig_539;
  assign sig_542 = sig_489 ^ sig_499;
  assign sig_543 = sig_489 & sig_499;
  assign sig_544 = sig_542 & sig_485;
  assign sig_545 = sig_542 ^ sig_485;
  assign sig_546 = sig_543 | sig_544;
  assign sig_547 = sig_440 ^ sig_500;
  assign sig_548 = sig_440 & sig_500;
  assign sig_549 = sig_547 & sig_490;
  assign sig_550 = sig_547 ^ sig_490;
  assign sig_551 = sig_548 | sig_549;
  assign sig_552 = A[0] & B[10];
  assign sig_553 = A[1] & B[10];
  assign sig_554 = A[2] & B[10];
  assign sig_555 = A[3] & B[10];
  assign sig_556 = A[4] & B[10];
  assign sig_557 = A[5] & B[10];
  assign sig_558 = A[6] & B[10];
  assign sig_559 = A[7] & B[10];
  assign sig_560 = A[8] & B[10];
  assign sig_561 = A[9] & B[10];
  assign sig_562 = A[10] & B[10];
  assign sig_563 = sig_510 ^ sig_552;
  assign sig_564 = sig_510 & sig_552;
  assign sig_565 = sig_563 & sig_506;
  assign O[10] = sig_563 ^ sig_506;
  assign sig_567 = sig_564 | sig_565;
  assign sig_568 = sig_515 ^ sig_553;
  assign sig_569 = sig_515 & sig_553;
  assign sig_570 = sig_568 & sig_511;
  assign sig_571 = sig_568 ^ sig_511;
  assign sig_572 = sig_569 | sig_570;
  assign sig_573 = sig_520 ^ sig_554;
  assign sig_574 = sig_520 & sig_554;
  assign sig_575 = sig_573 & sig_516;
  assign sig_576 = sig_573 ^ sig_516;
  assign sig_577 = sig_574 | sig_575;
  assign sig_578 = sig_525 ^ sig_555;
  assign sig_579 = sig_525 & sig_555;
  assign sig_580 = sig_578 & sig_521;
  assign sig_581 = sig_578 ^ sig_521;
  assign sig_582 = sig_579 | sig_580;
  assign sig_583 = sig_530 ^ sig_556;
  assign sig_584 = sig_530 & sig_556;
  assign sig_585 = sig_583 & sig_526;
  assign sig_586 = sig_583 ^ sig_526;
  assign sig_587 = sig_584 | sig_585;
  assign sig_588 = sig_535 ^ sig_557;
  assign sig_589 = sig_535 & sig_557;
  assign sig_590 = sig_588 & sig_531;
  assign sig_591 = sig_588 ^ sig_531;
  assign sig_592 = sig_589 | sig_590;
  assign sig_593 = sig_540 ^ sig_558;
  assign sig_594 = sig_540 & sig_558;
  assign sig_595 = sig_593 & sig_536;
  assign sig_596 = sig_593 ^ sig_536;
  assign sig_597 = sig_594 | sig_595;
  assign sig_598 = sig_545 ^ sig_559;
  assign sig_599 = sig_545 & sig_559;
  assign sig_600 = sig_598 & sig_541;
  assign sig_601 = sig_598 ^ sig_541;
  assign sig_602 = sig_599 | sig_600;
  assign sig_603 = sig_550 ^ sig_560;
  assign sig_604 = sig_550 & sig_560;
  assign sig_605 = sig_603 & sig_546;
  assign sig_606 = sig_603 ^ sig_546;
  assign sig_607 = sig_604 | sig_605;
  assign sig_608 = sig_501 ^ sig_561;
  assign sig_609 = sig_501 & sig_561;
  assign sig_610 = sig_608 & sig_551;
  assign sig_611 = sig_608 ^ sig_551;
  assign sig_612 = sig_609 | sig_610;
  assign O[11] = sig_571 ^ sig_567;
  assign sig_614 = sig_571 & sig_567;
  assign sig_615 = sig_576 ^ sig_572;
  assign sig_616 = sig_576 & sig_572;
  assign sig_617 = sig_615 & sig_614;
  assign O[12] = sig_615 ^ sig_614;
  assign sig_619 = sig_616 | sig_617;
  assign sig_620 = sig_581 ^ sig_577;
  assign sig_621 = sig_581 & sig_577;
  assign sig_622 = sig_620 & sig_619;
  assign O[13] = sig_620 ^ sig_619;
  assign sig_624 = sig_621 | sig_622;
  assign sig_625 = sig_586 ^ sig_582;
  assign sig_626 = sig_586 & sig_582;
  assign sig_627 = sig_625 & sig_624;
  assign O[14] = sig_625 ^ sig_624;
  assign sig_629 = sig_626 | sig_627;
  assign sig_630 = sig_591 ^ sig_587;
  assign sig_631 = sig_591 & sig_587;
  assign sig_632 = sig_630 & sig_629;
  assign O[15] = sig_630 ^ sig_629;
  assign sig_634 = sig_631 | sig_632;
  assign sig_635 = sig_596 ^ sig_592;
  assign sig_636 = sig_596 & sig_592;
  assign sig_637 = sig_635 & sig_634;
  assign O[16] = sig_635 ^ sig_634;
  assign sig_639 = sig_636 | sig_637;
  assign sig_640 = sig_601 ^ sig_597;
  assign sig_641 = sig_601 & sig_597;
  assign sig_642 = sig_640 & sig_639;
  assign O[17] = sig_640 ^ sig_639;
  assign sig_644 = sig_641 | sig_642;
  assign sig_645 = sig_606 ^ sig_602;
  assign sig_646 = sig_606 & sig_602;
  assign sig_647 = sig_645 & sig_644;
  assign O[18] = sig_645 ^ sig_644;
  assign sig_649 = sig_646 | sig_647;
  assign sig_650 = sig_611 ^ sig_607;
  assign sig_651 = sig_611 & sig_607;
  assign sig_652 = sig_650 & sig_649;
  assign O[19] = sig_650 ^ sig_649;
  assign sig_654 = sig_651 | sig_652;
  assign sig_655 = sig_562 ^ sig_612;
  assign sig_656 = sig_562 & sig_612;
  assign sig_657 = sig_655 & sig_654;
  assign O[20] = sig_655 ^ sig_654;
  assign O[21] = sig_656 | sig_657;
endmodule